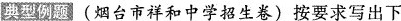
典型例题(烟台市祥和中学招生卷)按要求写出下